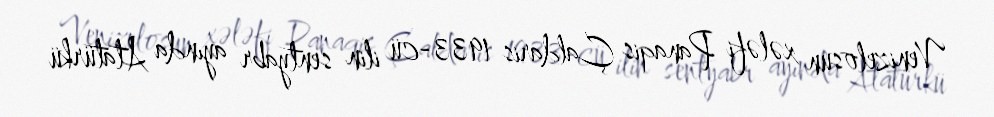
Venizelosun xələfi Panaqis Çaldaris 1933-cü ilin sentyabr ayında Atatürkü